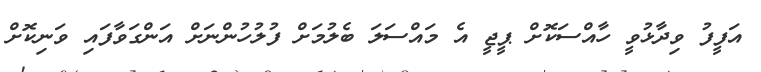
އަފީފު ވިދާޅުވީ ހާއްސަކޮށް ޕީޖީ އެ މައްސަލަ ބެލުމަށް ފުލުހުންނަށް އަންގަވާފައި ވަނިކޮށް